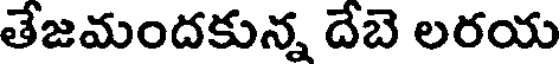
తేజమందకున్న దేబె లరయ